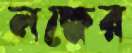
লক্ষের